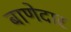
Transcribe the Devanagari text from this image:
बाणेदार